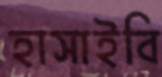
হাসাইবি